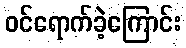
ဝင်ရောက်ခဲ့ကြောင်း